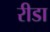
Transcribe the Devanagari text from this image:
रीडा